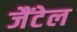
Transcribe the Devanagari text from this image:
जैंटेल